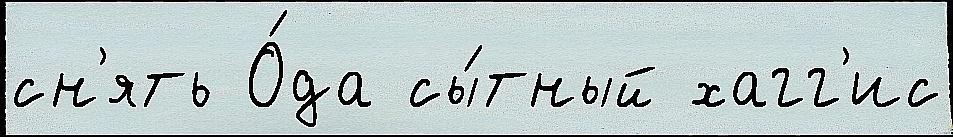
сн'ять О́да сы́тный хагг'ис